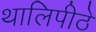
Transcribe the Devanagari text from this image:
थालिपीठे